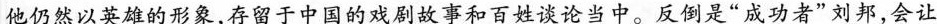
他仍然以英雄的形象，存留于中国的戏剧故事和百姓谈论当中。反倒是”成功者”刘邦，会让